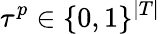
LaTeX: \tau^{p}\in\{ 0,1\} ^{|T|}